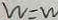
W = W